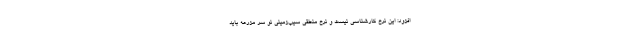
افزود: این نرخ کارشناسی نیست و نرخ منطقی سیب‌زمینی نو سر مزرعه باید